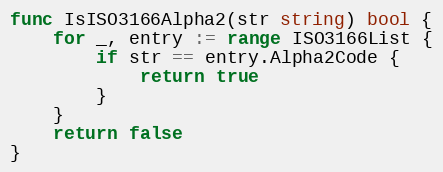
Language: Go
func IsISO3166Alpha2(str string) bool {
	for _, entry := range ISO3166List {
		if str == entry.Alpha2Code {
			return true
		}
	}
	return false
}